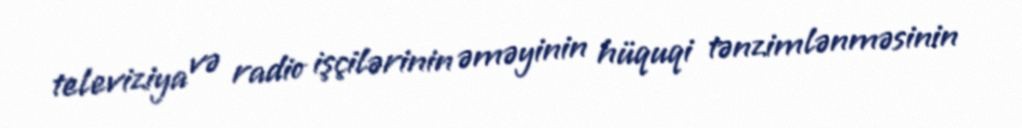
televiziya və radio işçilərinin əməyinin hüquqi tənzimlənməsinin